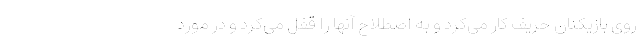
روی بازیکنان حریف کار می‌کرد و به اصطلاح آنها را قفل می‌کرد و در مورد